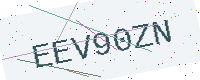
Text: EEV90ZN